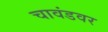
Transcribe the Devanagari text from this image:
चावंडवर